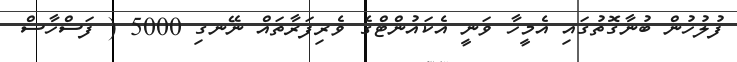
ފުލުހުން ބުނާގޮތުގައި އެމީހާ ވަނީ އެކައުންޓްގެ ވެރިފަރާތައް ނޭނގި 5000 ( ފަސްހާސް